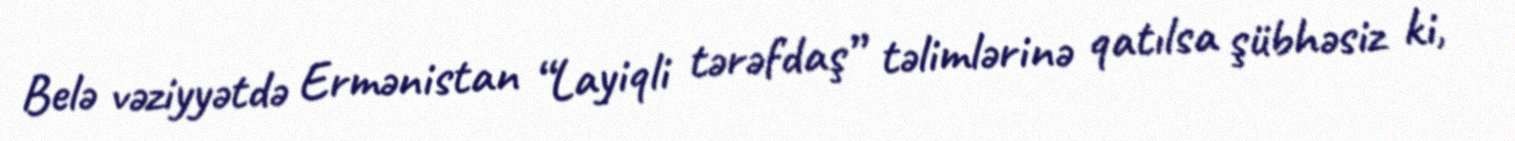
Belə vəziyyətdə Ermənistan “Layiqli tərəfdaş” təlimlərinə qatılsa şübhəsiz ki,